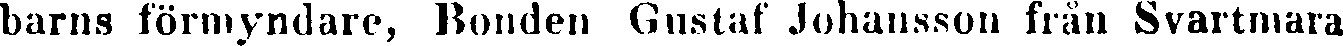
barns förmyndare, Bonden Gustaf Johansson från Svartmara